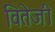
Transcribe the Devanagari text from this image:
वितेजी